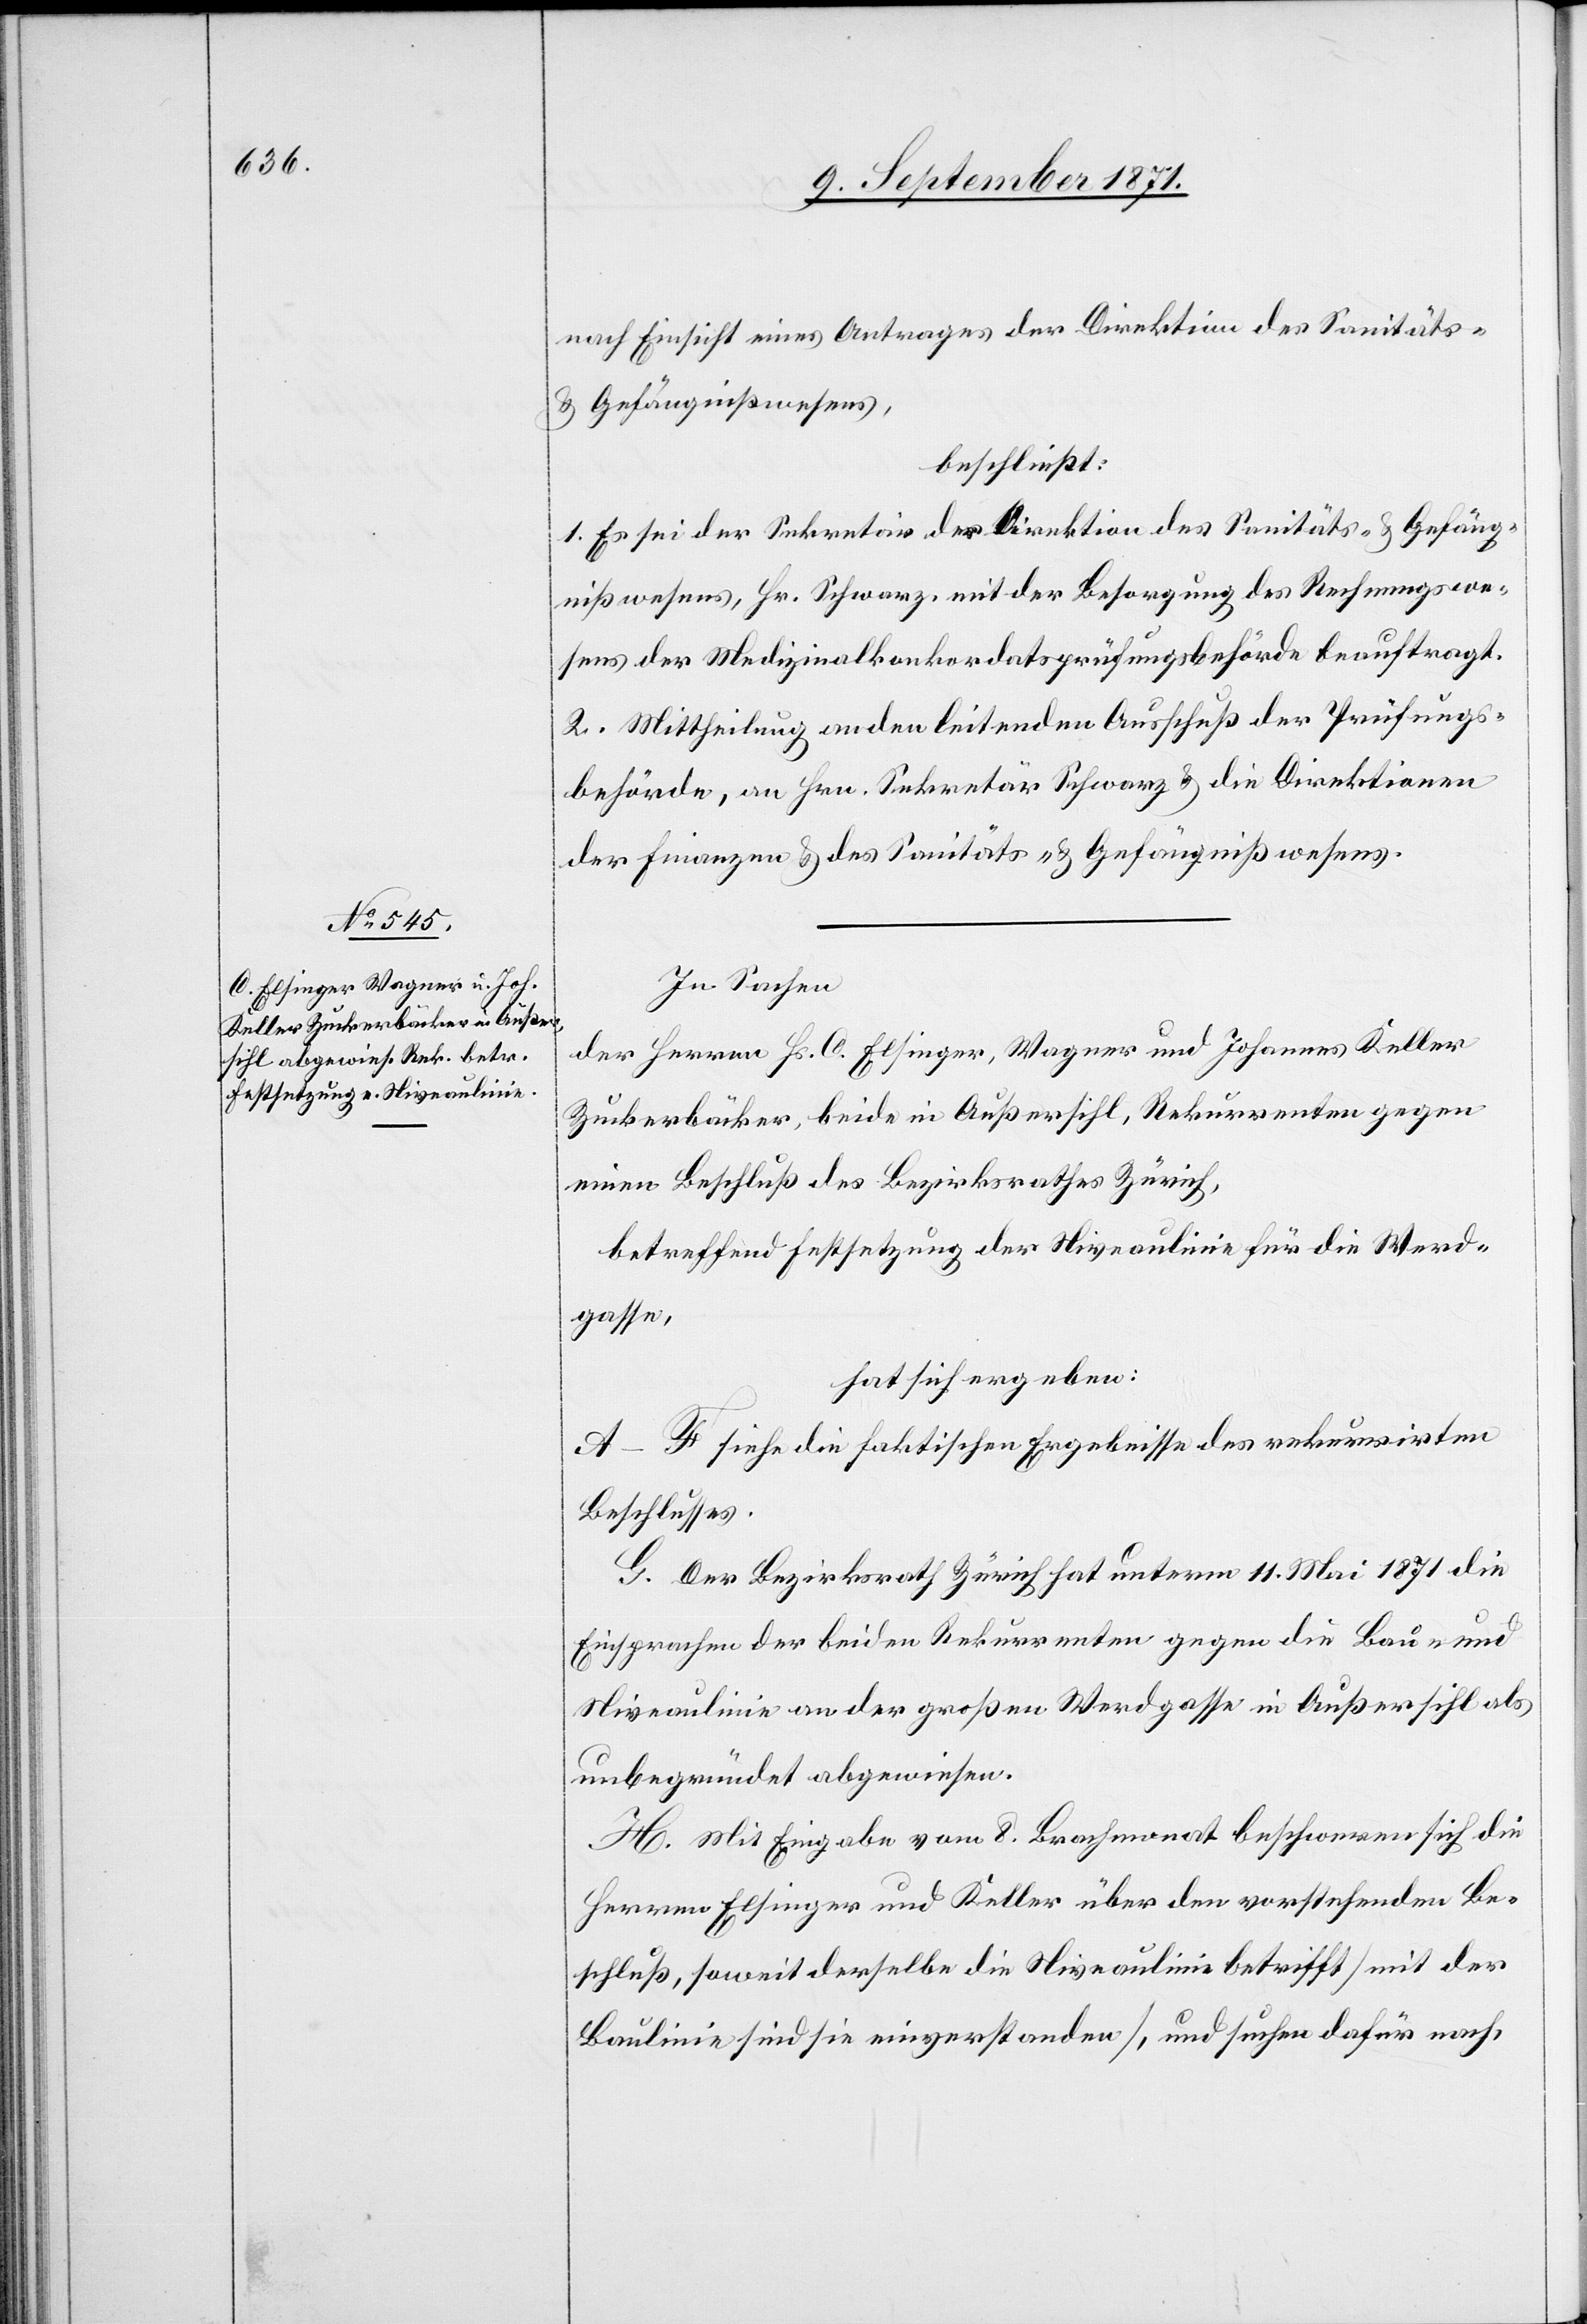
nach Einsicht eines Antrages der Direktion des Sanitäts-
& Gefängnißwesens,
beschließt:
1. Es sei der Sekretär der Direktion des Sanitäts- & Gefäng¬
nißwesens, Hr. Schwarz mit der Besorgung des Rechnungswe¬
sens der Medizinalkonkordatsprüfungsbehörde beauftragt.
2. Mittheilung an den leitenden Ausschuß der Prüfungs¬
behörde, an Hrn. Sekretär Schwarz & die Direktionen
der Finanzen & des Sanitäts- & Gefängnißwesens.
In Sachen
der Herren Hr. C. Elsinger, Wagner und Johannes Keller
Zuckerbäcker, beide in Außersihl, Rekurrenten gegen
einen Beschluß des Bezirksrathes Zürich,
betreffend Festsetzung der Niveaulinie für die Werd¬
gasse
hat sich ergeben:
A–F siehe die faktischen Ergebnisse des rekurrirten
Beschlusses.
G. Der Bezirksrath Zürich hat unterm 11. Mai 1871 die
Einsprache der beiden Rekurrenten gegen die Bau- und
Niveaulinie an der großen Werdgasse in Außersihl als
unbegründet abgewiesen.
H. Mit Eingabe vom 8. Brachmonat beschweren sich die
Herren Elsinger und Keller über den vorstehenden Be¬
schluß, soweit derselbe die Niveaulinie betrifft [mit der
Baulinie sind sie einverstanden], und suchen dafür nach,